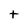
Character: t